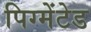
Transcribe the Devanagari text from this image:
पिग्मेंटेड